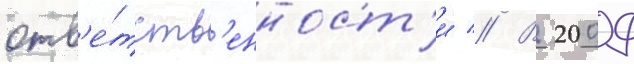
отв'е́тств'енност'и // В 2009